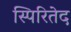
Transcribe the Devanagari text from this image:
स्पिरितेद